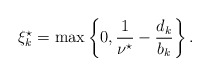
\begin{align*} \xi_k^{\star} = \max \left\{0, \frac{1}{\nu^{\star}} - \frac{d_k}{b_k} \right\}. \end{align*}